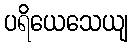
ပရိယေသေယျ